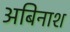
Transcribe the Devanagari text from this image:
अबिनाश